Medical and sanitary report of the native army of Madras for the year
Year: 1875
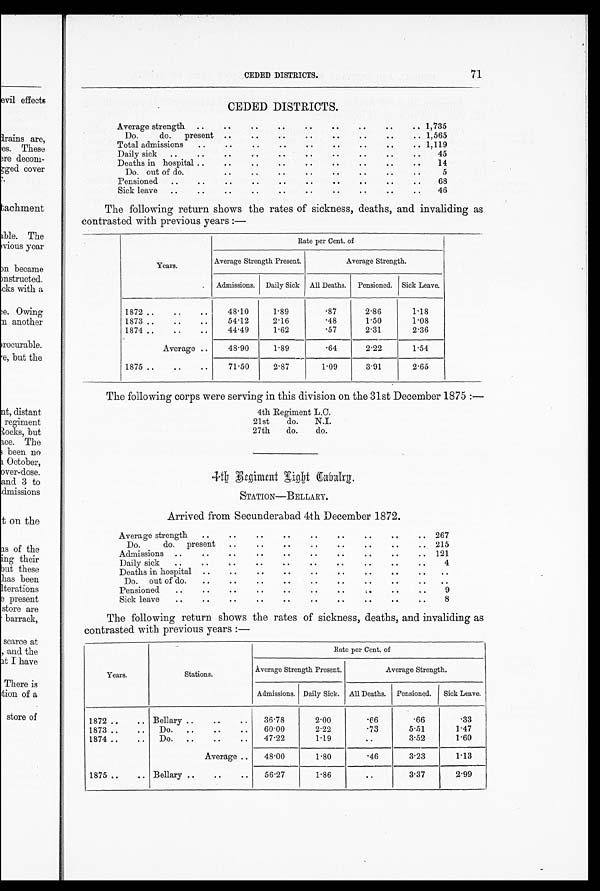
CEDED DISTRICTS.
71
CEDED DISTRICTS.
Average strength
..
..
..
..
..
. .
. .
.. 1,735
Do. do. present ..
..
..
..
..
..
..
.. 1,565
Total admissions
. .
..
..
..
..
..
..
.. 1,119
Daily sick
Deaths in hospital
. .
. .
..
. .
. .
. .
. .
. .
. .
. .
. .
. .
. .
. .
. .
.
. .
45
14
Do. out of do.
. .
..
..
...
..
..
..
..
5
Pensioned
..
. .
..
. .
. .
. .
. .
. .
68
Sick leave
. .
. .
. .
. .
. .
. .
. .
. .
46
The following return shows the rates of sickness, deaths, and invaliding as
contrasted with previous years:—
Rate per Cent. of
Years.
Average Strength Present.
Average Strength.
. Admissions. Daily Sick All Deaths. Pensioned. Sick Leave.
1872
1873
1874
48.10
54.12
44.49
1.89
2.16
1.62
. 8 7
. 4 8
.57
2.86
1.50
2.31
1.18
1.08
2.36
Average
4 8 . 9 0
1.89
.64
2.22
1.54
1875
71.50
2.87
1.09
3.91
2.65
The following corps were serving in this division on the 31st December 1875:—
4th Regiment L.C
21st
do.
N.I.
27th
do.
do.
4 t h R e g i m e n t L i g h t C a b a l r y .
STATION—BELLARY.
Arrived from Secunderabad 4th December 1872.
Average strength
. .
. .
. .
. .
. .
. .
. .
. . 267
Do. do. present
. .
. .
. .
. .
. .
. .
. .
. . 215
Admissions.
. .
. .
. .
. .
. .
. .
. .
. . 121
Daily sick
. .
. .
. .
. .
. .
. .
. .
. .
4
Deaths in hospital
. .
. .
. .
. .
. .
. .
. .
. .
. .
Do.out of do..
. .
. .
. .
. .
. .
. .
. .
. .
. .
Pensioned
. .
. .
. .
. .
. .
. .
. .
. .
9
S i c k l e a v e
. .
. .
. .
. .
. .
. .
. .
. .
8
The following return shows the rates of sickness, deaths, and invaliding as
contrasted with previous years:—
Rate per Cent. of
Years
Stations
Average Strength Present
Average Strength.
Admissions. Daily Sick. All Deaths
Pensioned.
Sick Leave
1872
Bellary
36.78
2.00
. 6 6 .66
. 3 3
1873
Do.
60.00
2 . 2 2
. . 7 3 5.51
1.47
1874
Do
47.22
1.19
. .
3.52
1.60
Average
48.00
1.80
. 4 6 3.23
1.13
1875
Bellary
56.27
1.86
. . 3.37
2.99